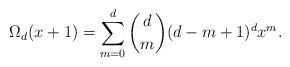
LaTeX: \begin{align*}\Omega_d(x+1)=\sum_{m=0}^d{d\choose m}(d-m+1)^d x^m . \end{align*}